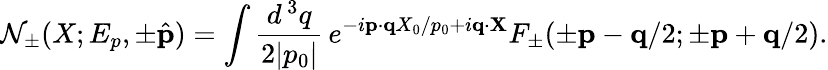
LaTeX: \mathcal{N}_{\pm}(X;E_{p},\pm\hat{{\mathbf{p}}})=\int\frac{{d^{\, 3}q}}{{2|p_{0}|}}\, e^{-i{\mathbf{p}}\cdot{\mathbf{q}}X_{0}/p_{0}+i{\mathbf{q}}\cdot{\mathbf{X}}}F_{\pm}(\pm{\mathbf{p}}-{\mathbf{q}}/2;\pm{\mathbf{p}}+{\mathbf{q}}/2).